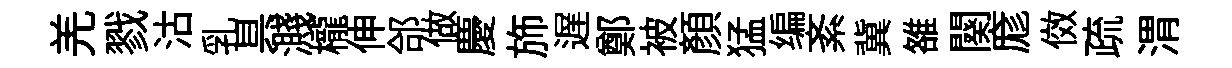
羌戮沽乳具濺櫳伸郃做慶斾遅鄭被顔猛编紊冀雒闋庬傚疏渭